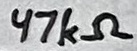
Text: 47kΩ